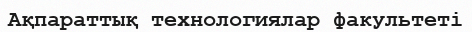
Ақпараттық технологиялар факультеті